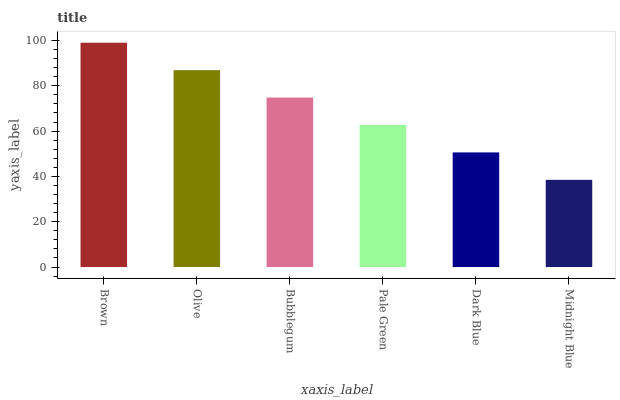
| xaxis_label | bars |
 | --- | --- |
 | Brown | 99 |
 | Olive | 86.9 |
 | Bubblegum | 74.8 |
 | Pale Green | 62.7 |
 | Dark Blue | 50.6 |
 | Midnight Blue | 38.5 |